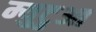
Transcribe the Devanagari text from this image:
म्युटुआ